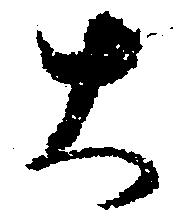
大